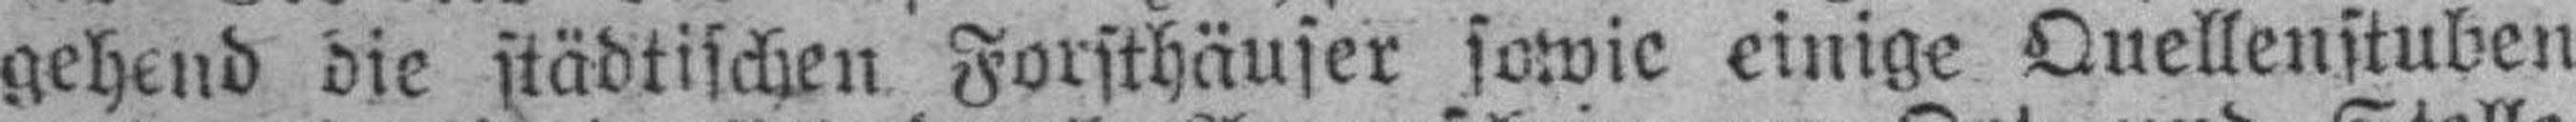
gehend die städtischen Forsthäuser sowie einige Quellenstuben